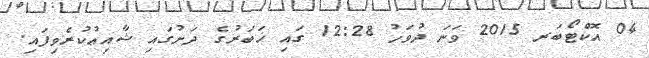
04 އޮކްޓޯބަރ 2015 ވަނަ ދުވަހު 12:28 ގައި ޚަބަރުގެ ދަށުގައި ޝާއިޢުކުރެވިފައި.